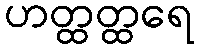
ဟတ္ထတ္ထရေ